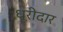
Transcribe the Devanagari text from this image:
धूरीदार